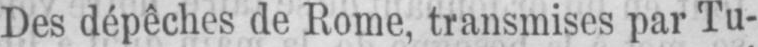
Des dépêches de Rome, transmises par Tu-